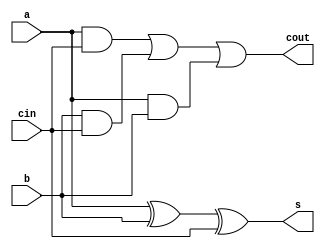
module full_adder(
	input wire a,
	input wire b,
	input wire cin,
	output wire cout,
	output wire s
);

	assign s=a^b^cin;
	assign cout=(a&cin)|(b&cin)|(a&b);
endmodule